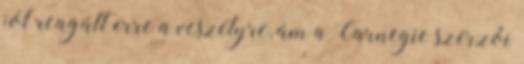
jól reagált erre a veszélyre, ám a Carnegie szerzői